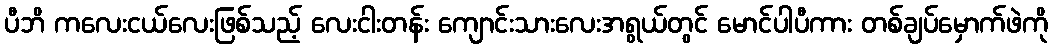
ပီဘိ ကလေးငယ်လေးဖြစ်သည့် လေးငါးတန်း ကျောင်းသားလေးအရွယ်တွင် မောင်ပါပီကား တစ်ချပ်မှောက်ဖဲကို